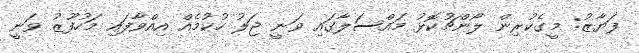
ފަޔާޒު: މީގެކުރިން ލޯންޗުކޮޅު މައްސަލާގައި ވަނީ ޖަލު ހުކުމެއް އިއްވާފައި މަހުފޫޒު ވަނީ